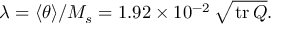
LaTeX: \lambda = \langle \theta \rangle / M _ { s } = 1 . 9 2 \times 1 0 ^ { - 2 } \, \sqrt { { \, \mathrm { t r \, } } Q } .